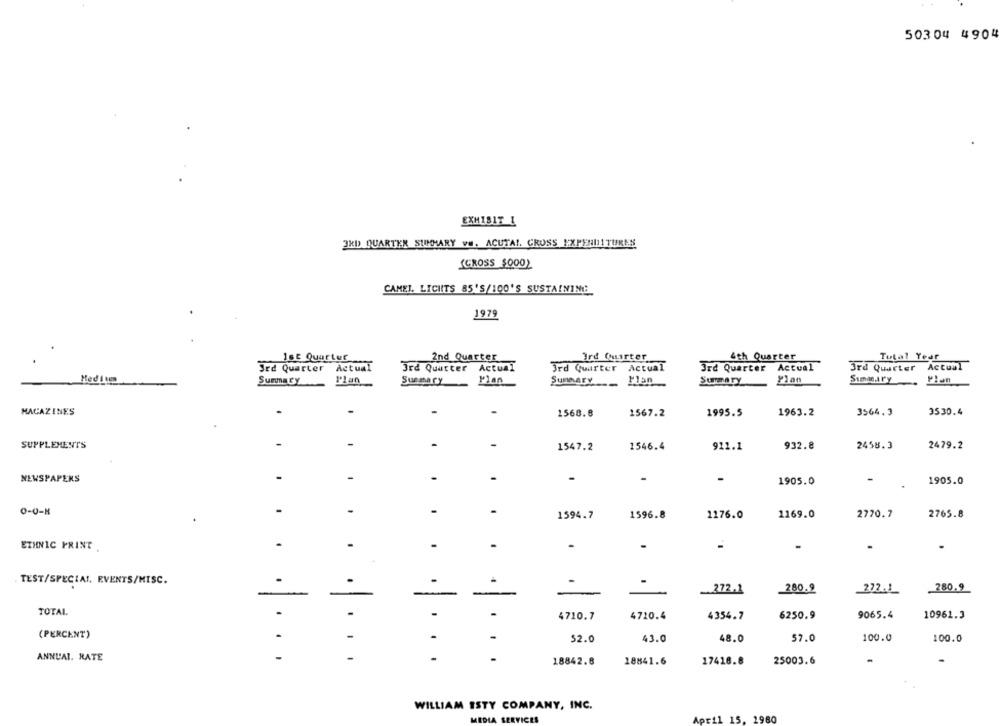
50304 4904
EXHIBIT 1
3RD QUARTER SUMMARY ve. ACUTA !. CROSS EXPENDITURES
IGROSS $000)
CAMEL. LICHTS 85'S/100'S SUSTAINING
1979
Ist Quartur
Ird Quarter
4th Quarter
Tutal Year
2nd Quarter
3rd Quarter Actual
3rd Quarter Actual
3rd Quarter Actual
3rd Quarter Actual
3rd Quarter
Actual
Hed it
Summary
Plan
Summary
Plan
Summary ___. BUBn
Summary
Flan
MAGAZINES
1568.8
1567.2
1995.5
1963.2
3564.3
3530.4
-
SUPPLEMENTS
1547.2
1546.4
911.1
932.8
2458.3
2479.2
NEWSPAPERS
-
1905.0
1905.0
0-0-8
.
1594.7
1596.8
1176.0
1169.0
2770.7
2765.8
.
-
.
-
ETHNIC PRINT
-
.
-
-
TEST/SPECIAL. EVENTS/MISC.
280.9
280.9
-
-
-
-
272.1
272.1
TOTAL
-
-
-
-
4710.7
4720.4
4354.7
6250.9
9065.4
10961.3
(PERCENT)
-
-
52.0
43.0
48.0
57.0
100.0
100.0
ANNUAL. RATE
....
....
-
...
18842.8
17418.8
25003.6
18841.6
WILLIAM ISTY COMPANY, INC.
SERVICES
April 15, 1980
MEDU